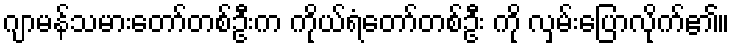
ဂျာမန်သမားတော်တစ်ဦးက ကိုယ်ရံတော်တစ်ဦး ကို လှမ်းပြောလိုက်၏။